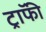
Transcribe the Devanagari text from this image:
ट्राॅफी